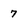
Character: 7